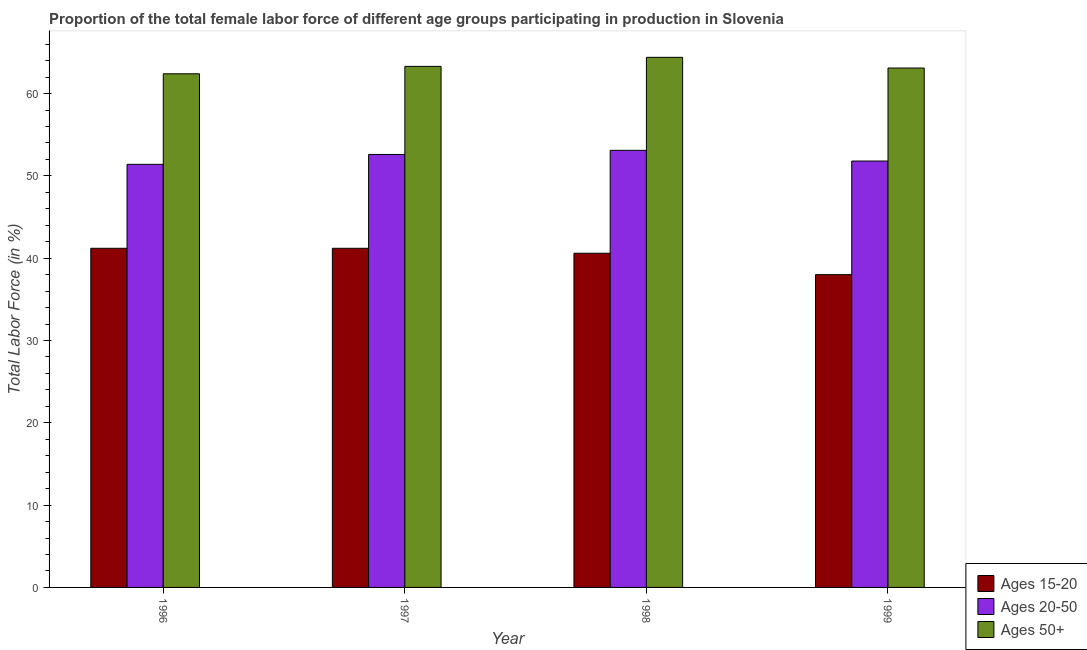
| Year | Ages 15-20 | Ages 20-50 | Ages 50+ |
 | --- | --- | --- | --- |
 | 1996 | 41.2 | 51.4 | 62.4 |
 | 1997 | 41.2 | 52.6 | 63.3 |
 | 1998 | 40.6 | 53.1 | 64.4 |
 | 1999 | 38 | 51.8 | 63.1 |